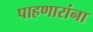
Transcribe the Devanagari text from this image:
पाहणारांना